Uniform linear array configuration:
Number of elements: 24
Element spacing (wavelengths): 0.5
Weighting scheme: hamming
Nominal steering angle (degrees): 15
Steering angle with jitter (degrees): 14.089
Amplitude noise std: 0.05
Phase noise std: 0.05

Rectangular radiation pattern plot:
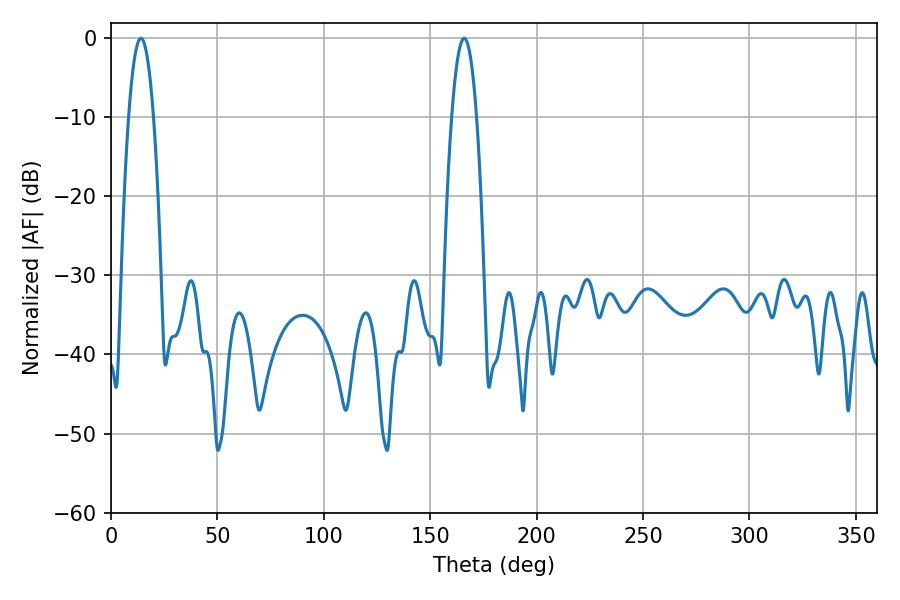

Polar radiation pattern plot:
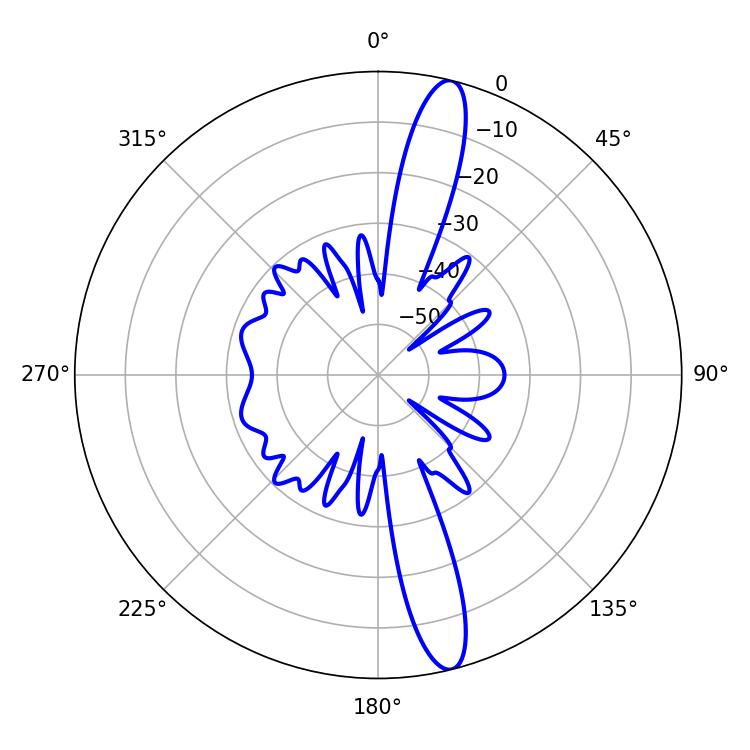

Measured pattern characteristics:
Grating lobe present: FALSE
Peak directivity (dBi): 15.352
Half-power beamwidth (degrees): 6.48
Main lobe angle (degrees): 14.04